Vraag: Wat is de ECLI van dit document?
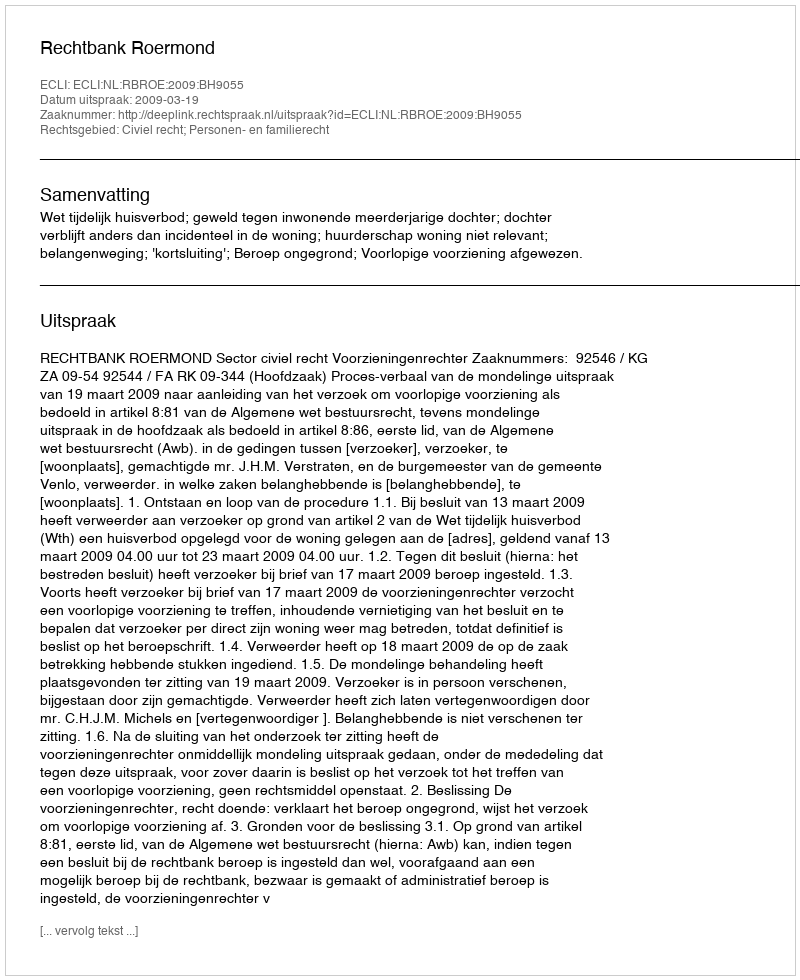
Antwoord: ECLI:NL:RBROE:2009:BH9055